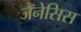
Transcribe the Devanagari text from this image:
जैनेसिस